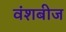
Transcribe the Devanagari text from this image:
वंशबीज